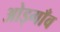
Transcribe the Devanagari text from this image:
ओड्गाँव